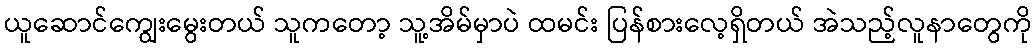
ယူဆောင်ကျွေးမွေးတယ် သူကတော့ သူ့အိမ်မှာပဲ ထမင်း ပြန်စားလေ့ရှိတယ် အဲသည့်လူနာတွေကို